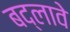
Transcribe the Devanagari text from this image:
बद्लावे